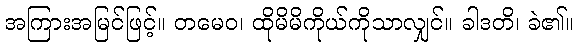
အကြားအမြင်ဖြင့်။ တမေဝ၊ ထိုမိမိကိုယ်ကိုသာလျှင်။ ခါဒတိ၊ ခဲ၏။